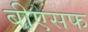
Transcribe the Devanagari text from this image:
बीएसफ